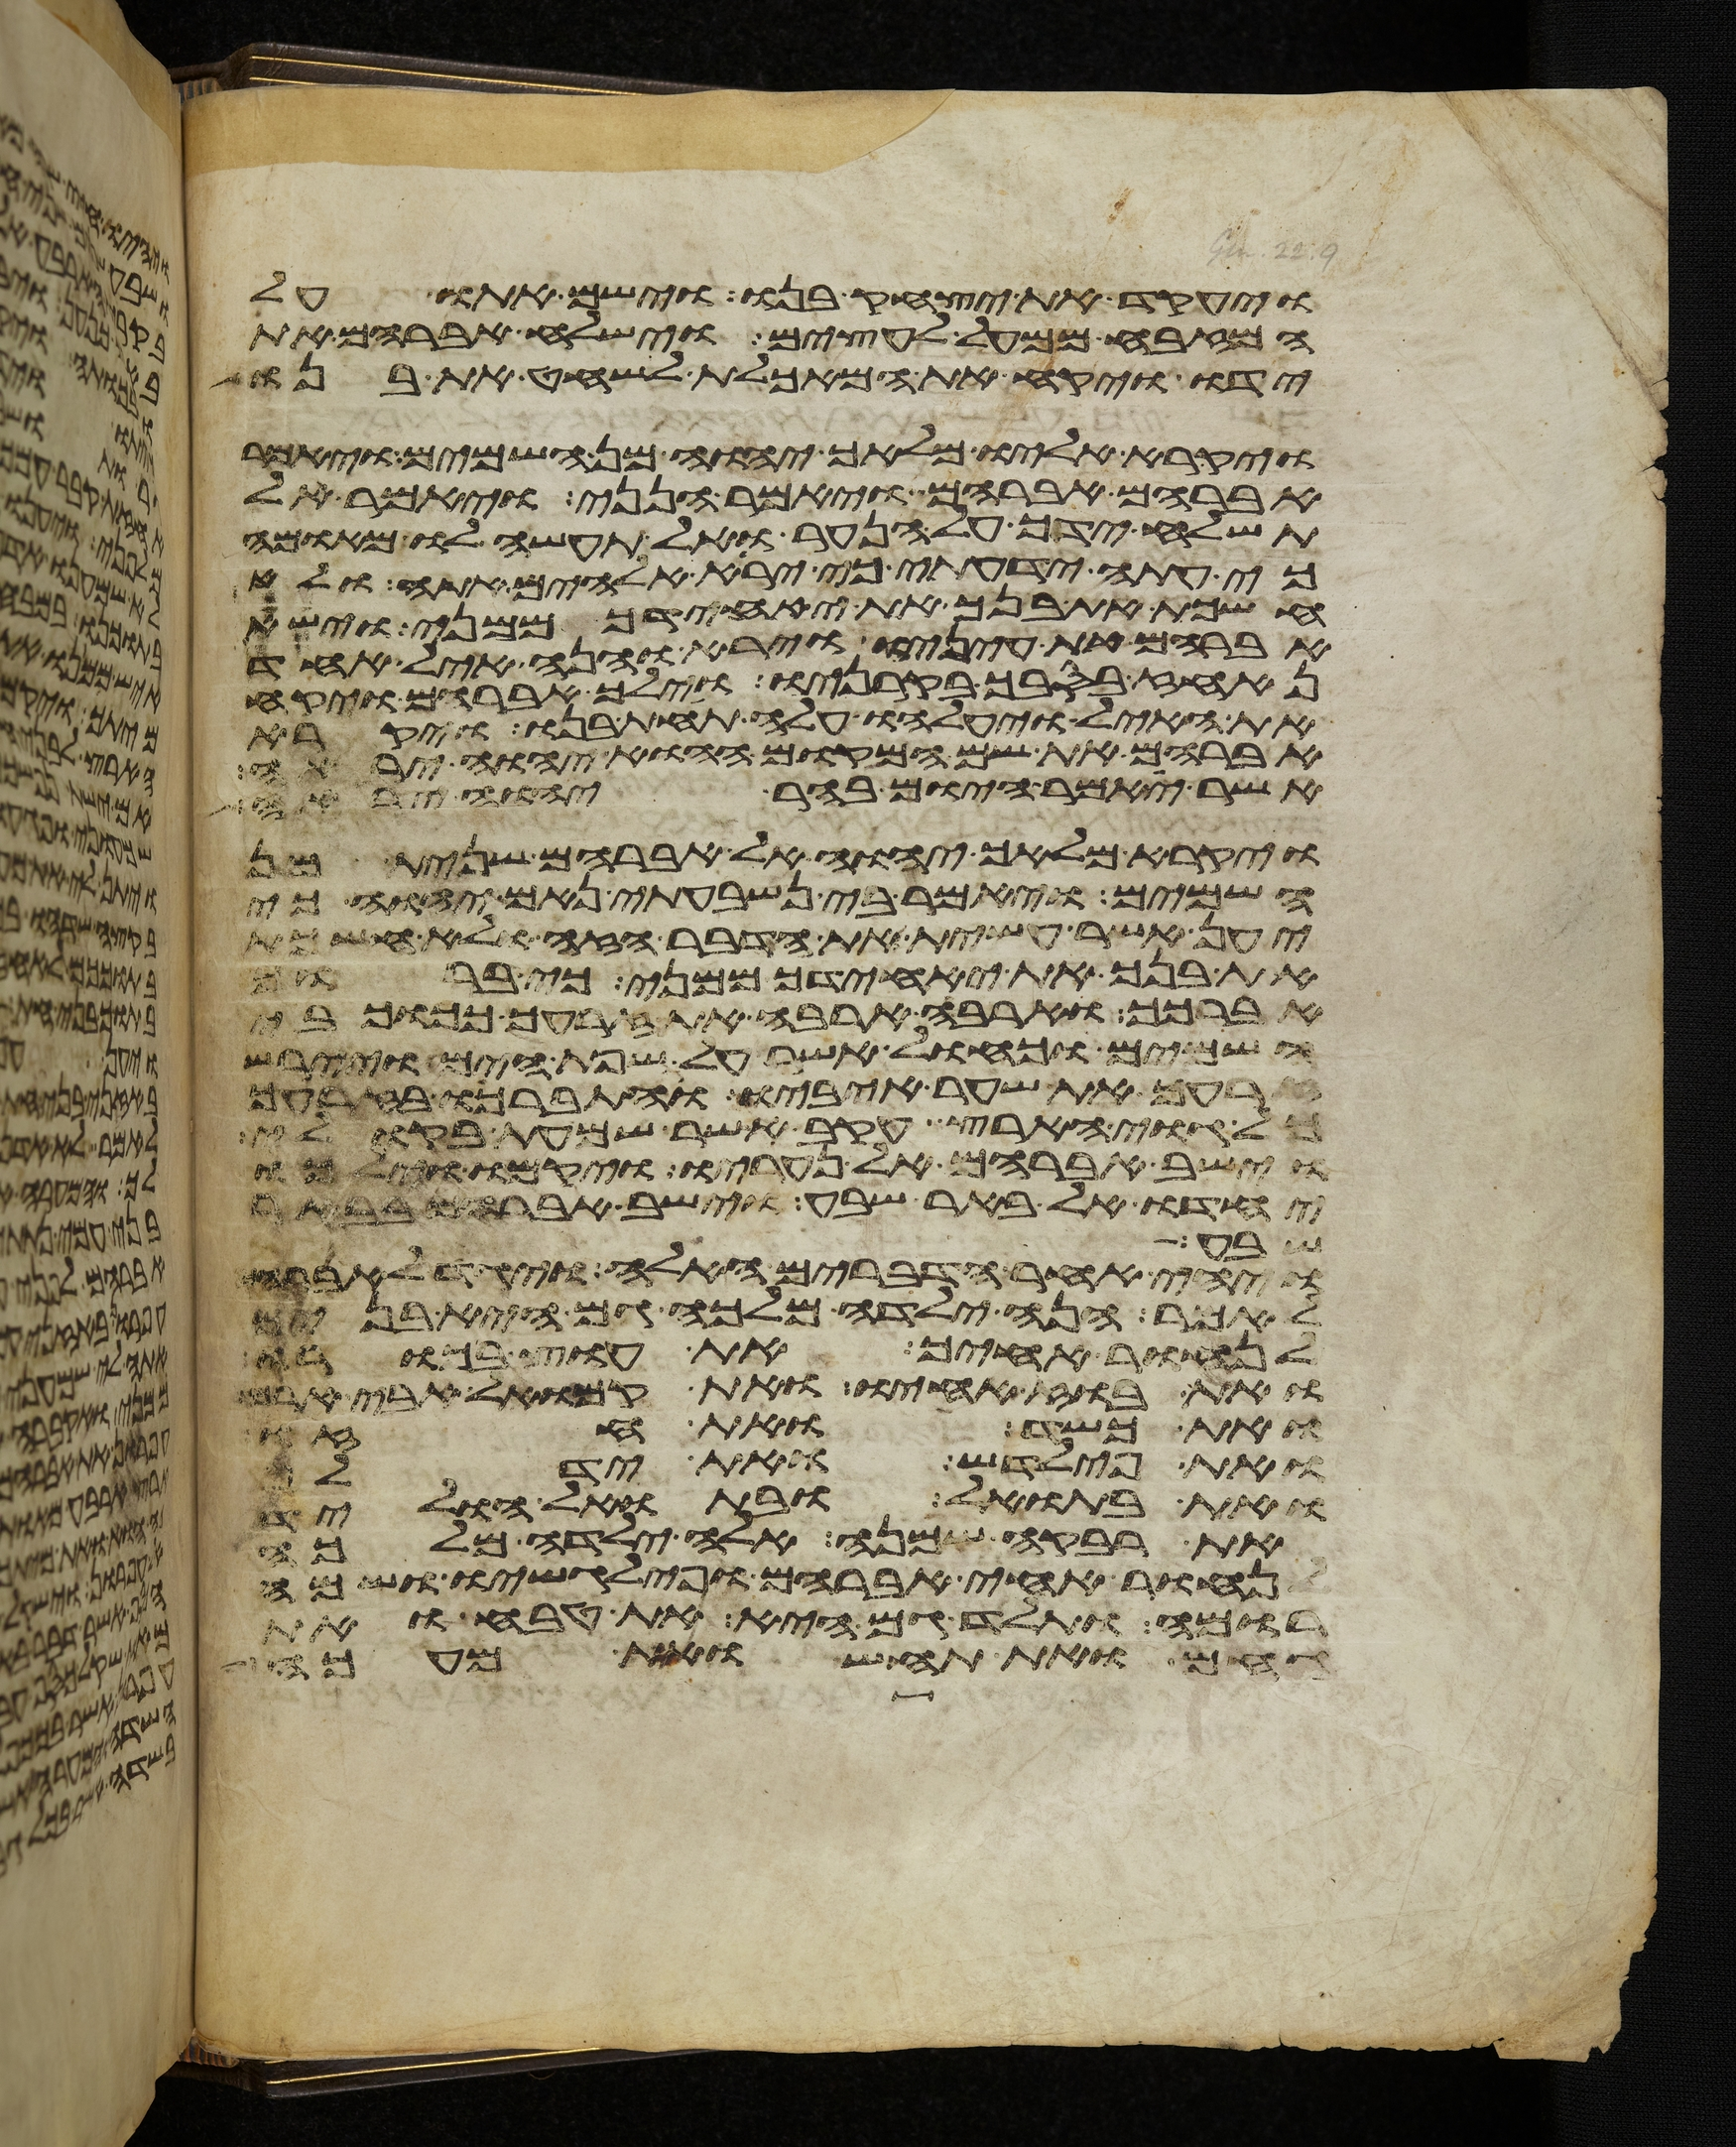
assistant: ויעקד את יצחק בנו וישם אתו על
המזבח ממעל לעצים וישלח אברהם את
ידו ויקח את המאכלת לשחט את בנו
ויקרא אליו מלאך יהוה מן השמים ויאמר
אברהם אברהם ויאמר הנני ויאמר אל
תשלח ידך על הנער ואל תעשה לו מאומה
כי עתה ידעתי כי ירא אלהים אתה ולא
חשכת את בנך את יחידך ממני וישא
אברהם את עיניו וירא והנה איל אחד
נאחז בסבך בקרניו וילך אברהם ויקח
את האיל ויעלהו עלה תחת בנו ויקרא
אברהם את שם המקום ההוא יהוה יראה
אשר יאמר היום בהר יהוה יראה
ויקרא מלאך יהוה אל אברהם שנית מן
השמים ויאמר בי נשבעתי נאם יהוה כי
יען אשר עשית את הדבר הזה ולא חשכת
את בנך את יחידך ממני כי ברוך
אברכך והרבה ארבה את זרעך ככוכבי
השמים וכחול אשר על שפת הים ויירש
זרעך את שער איביו והתברכו בזרעך
גוי הארץ עקב אשר שמעת בקולי
וישב אברהם אל נעריו ויקמו וילכו
יחדו אל באר שבע וישב אברהם בבאר
שבע
ויהי אחר הדברים האלה ויגד לאברהם
לאמר הנה ילדה מלכה גם היא בנים
לנחור אחיך את עוץ בכורו
ואת בוז אחיו ואת קמואל אבי ארם
ואת כשד ואת חזו
ואת פילדש ואת ידלף
ואת בתואל ובתואל הוליד
את רבקה שמנה אלה ילדה מלכה
לנחור אחי אברהם ופילגשו ושמה
רומה ותלד גם היא את טבח ואת
גחם ואת תחש ואת מעכה